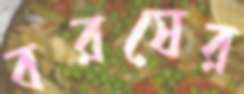
বরষের